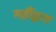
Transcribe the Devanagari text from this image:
महींद्वारा